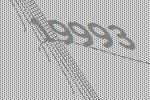
19993